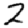
Digit: 2